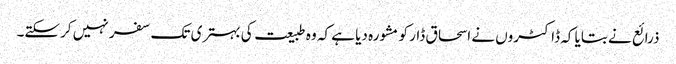
ذرائع نے بتایا کہ ڈاکٹروں نے اسحاق ڈار کو مشورہ دیا ہے کہ وہ طبیعت کی بہتری تک سفر نہیں کرسکتے۔